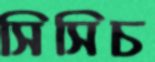
সিসিচ